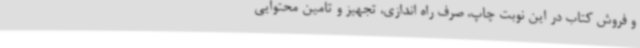
و فروش کتاب در این نوبت چاپ، صرف راه اندازی، تجهیز و تامین محتوایی